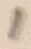
Text: 1